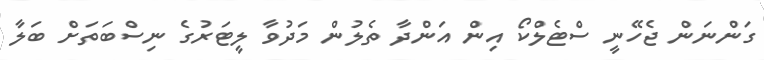
ގަންނަން ޖެހޭނީ ސްޓެލްކޯ އިން އަންދާ ތެލުން މަދުވާ ލީޓަރުގެ ނިސްބަތަށް ބަލާ